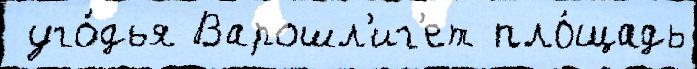
 уго́дья Варошл'иг'ет пло́щадь